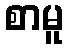
စာမူ